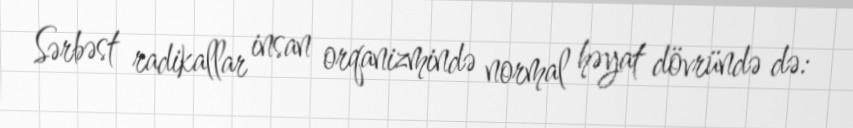
Sərbəst radikallar insan orqanizmində normal həyat dövründə də: